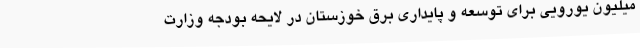
میلیون یورویی برای توسعه و پایداری برق خوزستان در لایحه بودجه وزارت